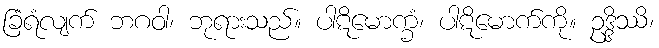
ခြံရံလျက် ဘဂဝါ၊ ဘုရားသည်။ ပါဋိမောက္ခံ၊ ပါဋိမောက်ကို။ ဥဒ္ဒိဿိ၊